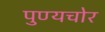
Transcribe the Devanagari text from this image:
पुण्यचोर